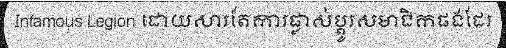
Infamous Legion ដោយសារតែការផ្លាស់ប្តូរសមាជិកផងដែរ